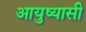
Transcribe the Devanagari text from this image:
आयुष्यासी